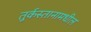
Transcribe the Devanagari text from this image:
तुर्कस्तानामधील